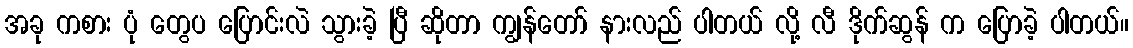
အခု ကစား ပုံ တွေပ ပြောင်းလဲ သွားခဲ့ ပြီ ဆိုတာ ကျွန်တော် နားလည် ပါတယ် လို့ လီ ဒိုက်ဆွန် က ပြောခဲ့ ပါတယ်။